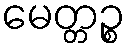
မေတ္တဉ္စ